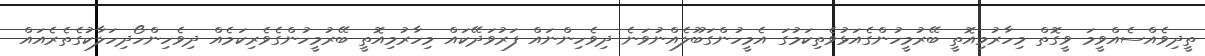
ތީދިވެއްސެއްވީމަ ވީގޮތް މިހާރުމިއޮތީ ބޭރުމީހުންގެއަޅުވެތިކަމުގަ އެމީހުންގަބޫލެއްނުވަނެ ދިވެހިންނައް ފަރުވަދޭކައް މިހާރުމިއޮތީ ބޭރުމީހުންގެވެރިކަމެއް ދިވެހިންހޯދިހަލާކުގެތެރެއައް